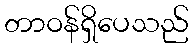
တာဝန်ရှိပေသည်